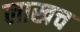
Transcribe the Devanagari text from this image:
लाखच